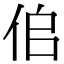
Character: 𠈆